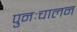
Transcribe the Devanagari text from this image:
पुनःचालन